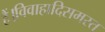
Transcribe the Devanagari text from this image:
हैं।विवाहादिसमस्त